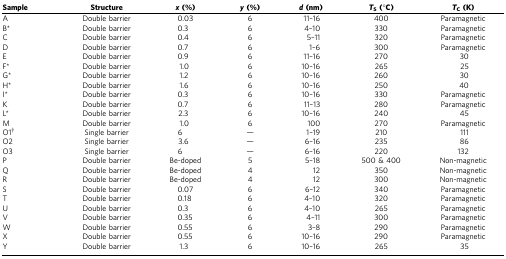
| Sample | Structure | x(%) | y(%) | d(nm) | TS(°C) | TC(K) |
 | --- | --- | --- | --- | --- | --- | --- |
 | A | Double barrier | 0.03 | 6 | 11–16 | 400 | Paramagnetic |
 | B* | Double barrier | 0.3 | 6 | 4–10 | 330 | Paramagnetic |
 | C | Double barrier | 0.4 | 6 | 5–11 | 320 | Paramagnetic |
 | D | Double barrier | 0.7 | 6 | 1–6 | 300 | Paramagnetic |
 | E | Double barrier | 0.9 | 6 | 11–16 | 270 | 30 |
 | F* | Double barrier | 1.0 | 6 | 10–16 | 265 | 25 |
 | G* | Double barrier | 1.2 | 6 | 10–16 | 260 | 30 |
 | H* | Double barrier | 1.6 | 6 | 10–16 | 250 | 40 |
 | I* | Double barrier | 0.3 | 6 | 10–16 | 330 | Paramagnetic |
 | K | Double barrier | 0.7 | 6 | 11–13 | 280 | Paramagnetic |
 | L* | Double barrier | 2.3 | 6 | 10–16 | 240 | 45 |
 | M | Double barrier | 1.0 | 6 | 100 | 270 | Paramagnetic |
 | O1† | Single barrier | 6 | — | 1–19 | 210 | 111 |
 | O2 | Single barrier | 3.6 | — | 6–16 | 235 | 86 |
 | O3 | Single barrier | 6 | — | 6–16 | 220 | 132 |
 | P | Double barrier | Be-doped | 5 | 5–18 | 500 & 400 | Non-magnetic |
 | Q | Double barrier | Be-doped | 4 | 12 | 350 | Non-magnetic |
 | R | Double barrier | Be-doped | 4 | 12 | 300 | Non-magnetic |
 | S | Double barrier | 0.07 | 6 | 6–12 | 340 | Paramagnetic |
 | T | Double barrier | 0.18 | 6 | 4–10 | 320 | Paramagnetic |
 | U | Double barrier | 0.3 | 6 | 4–10 | 265 | Paramagnetic |
 | V | Double barrier | 0.35 | 6 | 4–11 | 300 | Paramagnetic |
 | W | Double barrier | 0.55 | 6 | 3–8 | 290 | Paramagnetic |
 | X | Double barrier | 0.55 | 6 | 10–16 | 290 | Paramagnetic |
 | Y | Double barrier | 1.3 | 6 | 10–16 | 265 | 35 |